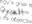
العبوة